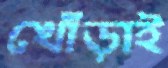
খোঁড়াই